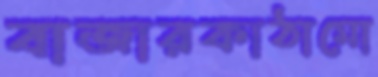
বাজারকাঠামো